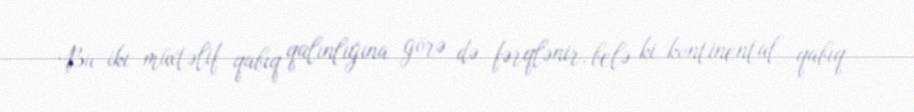
Bu iki müxtəlif qabıq qalınlığına görə də fərqlənir, belə ki kontinental qabıq